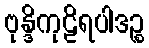
ဗုန္ဒိကုဠိရပါဒဉ္စ